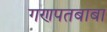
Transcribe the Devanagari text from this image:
गणपतबाबा